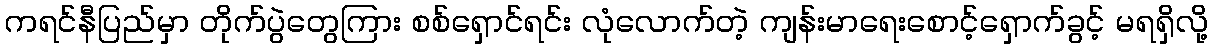
ကရင်နီပြည်မှာ တိုက်ပွဲတွေကြား စစ်ရှောင်ရင်း လုံလောက်တဲ့ ကျန်းမာရေးစောင့်ရှောက်ခွင့် မရရှိလို့